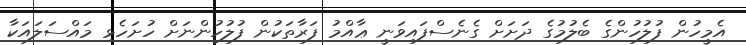
އެމީހުން ފުލުހުންގެ ބެލުމުގެ ދަށަށް ގެނެސްފައިވަނީ ޢާއްމު ފަރާތަކުން ފުލުހުންނަށް ހުށަހެޅި މައްސަލައަކާ